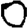
Digit: 0